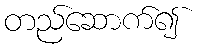
တည်ဆောက်၍